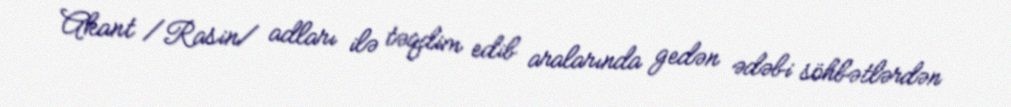
Akant /Rasin/ adları ilə təqdim edib aralarında gedən ədəbi söhbətlərdən